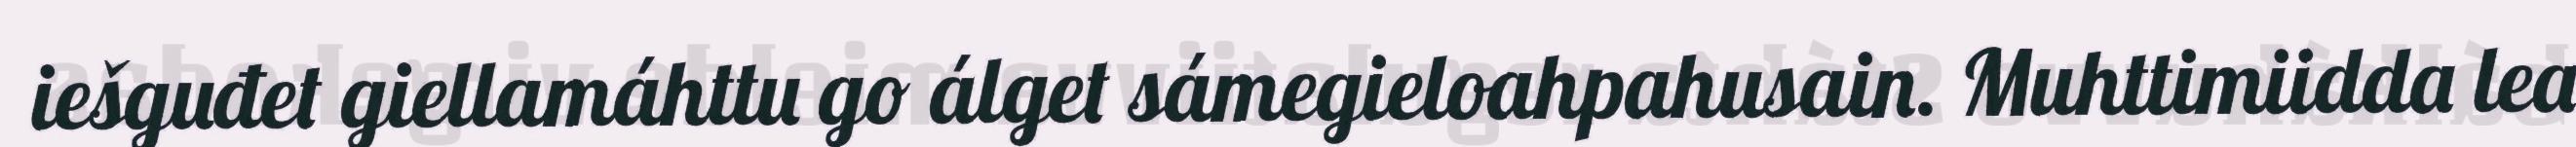
iešguđet giellamáhttu go álget sámegieloahpahusain. Muhttimiidda lea